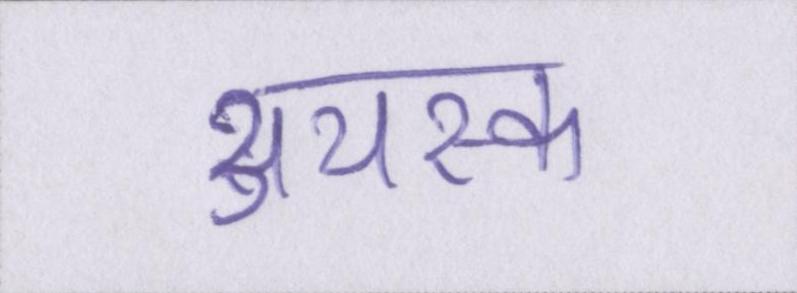
अयस्क